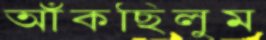
আঁকছিলুম